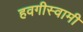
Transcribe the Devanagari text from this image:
हवगीस्वामी